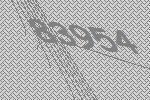
83954